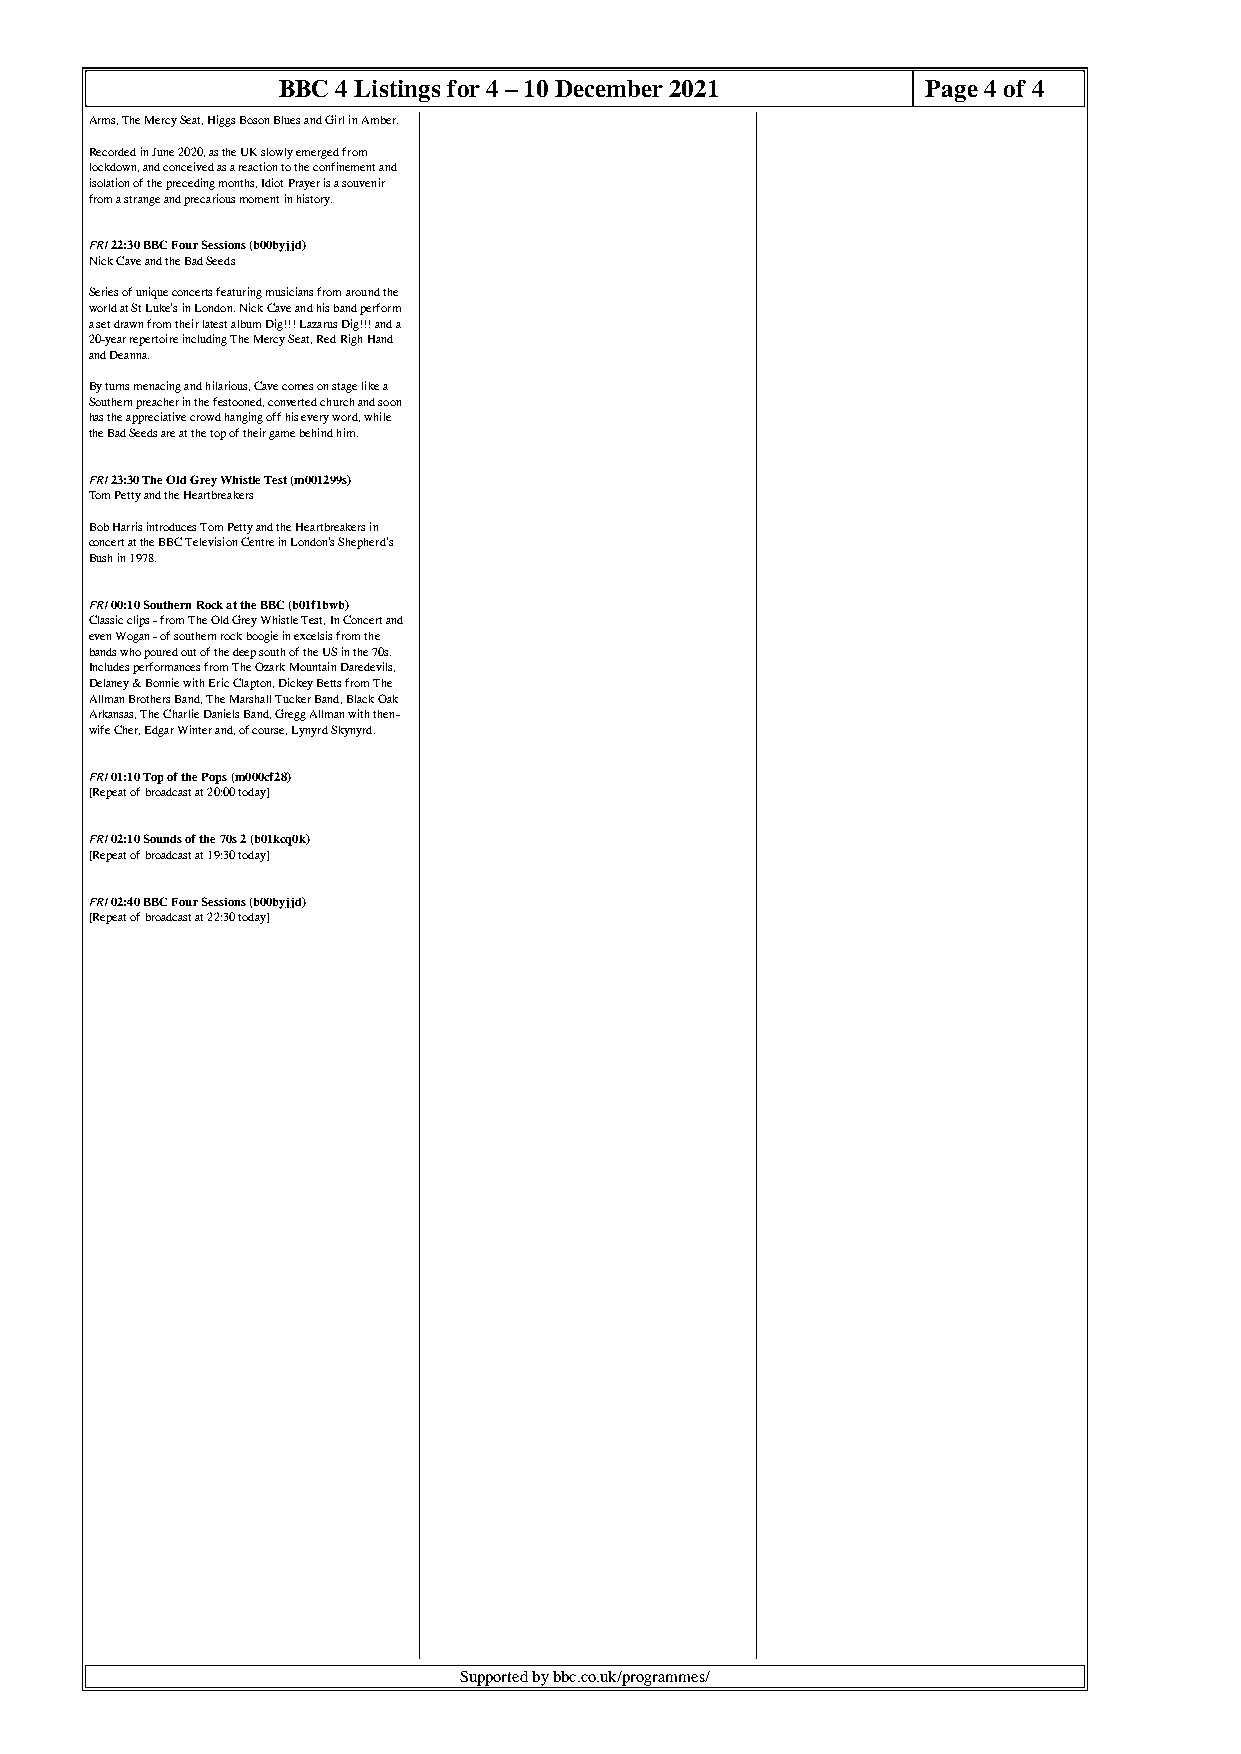
BBC 4 Listings for 4 – 10 December 2021    Page 4 of 4
 Arms, The Mercy Seat, Higgs Boson Blues and Girl in Amber.
 Recorded in June 2020, as the UK slowly emerged from
 lockdown, and conceived as a reaction to the confinement and
 isolation of the preceding months, Idiot Prayer is a souvenir
 from a strange and precarious moment in history.
 FRI 22:30 BBC Four Sessions (b00byjjd)
 Nick Cave and the Bad Seeds
 Series of unique concerts featuring musicians from around the
 world at St Luke's in London. Nick Cave and his band perform
 a set drawn from their latest album Dig!!! Lazarus Dig!!! and a
 20-year repertoire including The Mercy Seat, Red Righ Hand
 and Deanna.
 By turns menacing and hilarious, Cave comes on stage like a
 Southern preacher in the festooned, converted church and soon
 has the appreciative crowd hanging off his every word, while
 the Bad Seeds are at the top of their game behind him.
 FRI 23:30 The Old Grey Whistle Test (m001299s)
 Tom Petty and the Heartbreakers
 Bob Harris introduces Tom Petty and the Heartbreakers in
 concert at the BBC Television Centre in London's Shepherd's
 Bush in 1978.
 FRI 00:10 Southern Rock at the BBC (b01f1bwb)
 Classic clips - from The Old Grey Whistle Test, In Concert and
 even Wogan - of southern rock boogie in excelsis from the
 bands who poured out of the deep south of the US in the 70s.
 Includes performances from The Ozark Mountain Daredevils,
 Delaney & Bonnie with Eric Clapton, Dickey Betts from The
 Allman Brothers Band, The Marshall Tucker Band, Black Oak
 Arkansas, The Charlie Daniels Band, Gregg Allman with then-
 wife Cher, Edgar Winter and, of course, Lynyrd Skynyrd.
 FRI 01:10 Top of the Pops (m000cf28)
 [Repeat of broadcast at 20:00 today]
 FRI 02:10 Sounds of the 70s 2 (b01kcq0k)
 [Repeat of broadcast at 19:30 today]
 FRI 02:40 BBC Four Sessions (b00byjjd)
 [Repeat of broadcast at 22:30 today]
 Supported by bbc.co.uk/programmes/
 Powered by TCPDF (www.tcpdf.org)